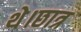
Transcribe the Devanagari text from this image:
थे।छात्र